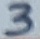
Text: 3